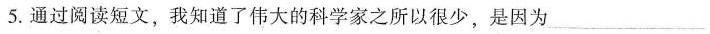
5.通过阅读短文，我知道了伟大的科学家之所以很少，是因为___